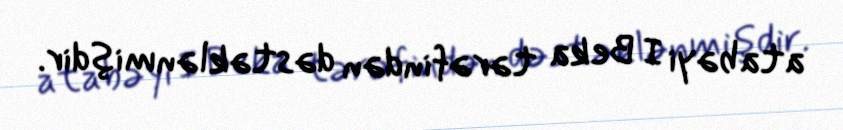
atabəyi I Beka tərəfindən dəstəklənmişdir.